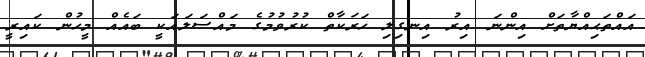
އައްތަޙިއްޔާތަށް އިންނަ އިރު އިނގިލި ހަރަކާތް ކުރުވުމުގެ މައްސަލައަކީ ބައެއް މީހުން ކައިރީ